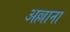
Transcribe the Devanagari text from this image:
अल्लाना